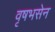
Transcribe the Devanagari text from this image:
वृषभसेन